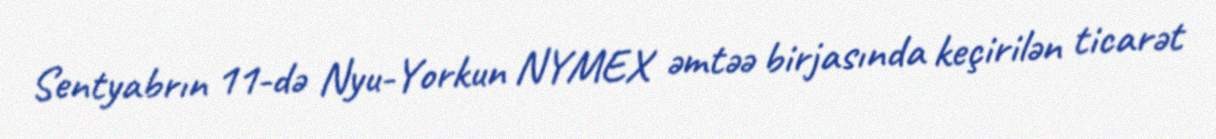
Sentyabrın 11-də Nyu-Yorkun NYMEX əmtəə birjasında keçirilən ticarət